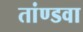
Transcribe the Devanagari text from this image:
तांण्डवा